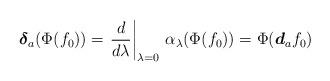
LaTeX: \begin{align*} \boldsymbol{\delta}_a(\Phi(f_0)) = \left. \frac{d}{d\lambda} \right|_{\lambda = 0} \, \alpha_\lambda (\Phi(f_0)) = \Phi(\boldsymbol{d}_a f_0)\end{align*}